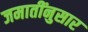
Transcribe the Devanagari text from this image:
जमातींनुसार